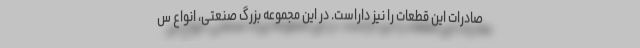
صادرات این قطعات را نیز داراست. در این مجموعه بزرگ صنعتی، انواع س